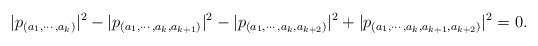
\begin{align*}|p_{(a_1,\cdots,a_k)}|^2-|p_{(a_1,\cdots,a_k,a_{k+1})}|^2-|p_{(a_1,\cdots,a_k,a_{k+2})}|^2+|p_{(a_1,\cdots,a_k,a_{k+1},a_{k+2})}|^2=0.\end{align*}